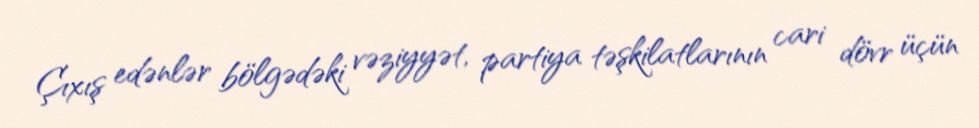
Çıxış edənlər bölgədəki vəziyyət, partiya təşkilatlarının cari dövr üçün